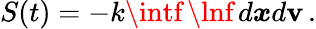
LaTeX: S(t)=-k\intf\, \lnf\, d\boldsymbol{x}d\boldsymbol{\mathbf{v}}\, .